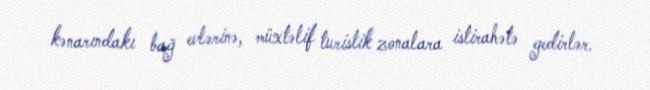
kənarındakı bağ evlərinə, müxtəlif turistik zonalara istirahətə gedirlər.